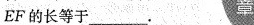
EF的长等于___. 章